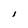
Character: l